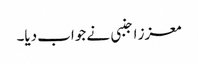
معزز اجنبی نے جواب دیا۔